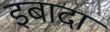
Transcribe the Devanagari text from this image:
इबादा